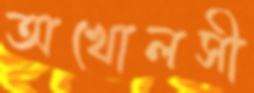
অখোলসী